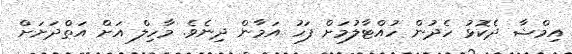
އިމްޝާ ދެކޮޅު ހެދުން ހުއްޓާލުމަށް ފަހު އަމާން ދިނެވެ. މާހިލް އަށް އަތްދަށަށް